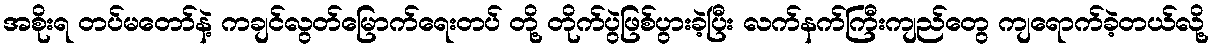
အစိုးရ တပ်မတော်နဲ့ ကချင်လွတ်မြောက်ရေးတပ် တို့ တိုက်ပွဲဖြစ်ပွားခဲ့ပြီး လက်နက်ကြီးကျည်တွေ ကျရောက်ခဲ့တယ်လို့